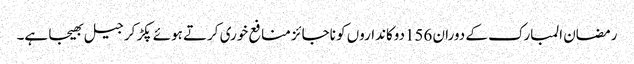
رمضان المبارک کے دوران 156دوکانداروں کو ناجائز منافع خوری کرتے ہوئے پکڑ کر جیل بھیجا ہے۔